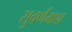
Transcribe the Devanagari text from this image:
सुवर्णमछा